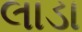
લાડા